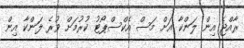
ރާއްޖެ އިން ލަންކާ އަށް މަސް އެކްސްޕޯޓު ކުރުމަށް ވުރެ ލަންކާ އިން